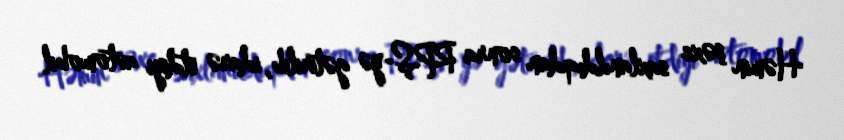
Həmin şəxs saxlanıldıqdan sonra RPŞ-yə gətirilib, idarə etdiyi avtomobil